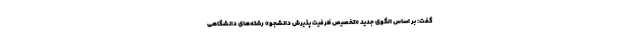
گفت: بر اساس الگوی جدید «تخصیص ظرفیت پذیرش دانشجو» رشته‌های دانشگاهی